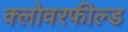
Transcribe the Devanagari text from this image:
क्लोवरफील्ड